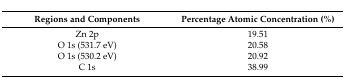
| Regions and Components | Percentage Atomic Concentration (%) |
 | --- | --- |
 | Zn 2p | 19.51 |
 | O 1s (531.7 eV) | 20.58 |
 | O 1s (530.2 eV) | 20.92 |
 | C 1s | 38.99 |